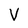
Character: V